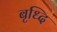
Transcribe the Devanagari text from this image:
बृध्दि